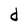
Character: d